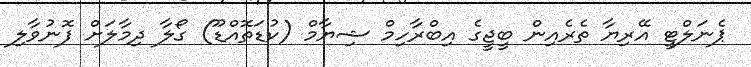
ޕެނަލްޓީ އޭރިޔާ ތެރެއިން ބީޖީގެ އިބްރާހިމް ޝިޔާމް (ކުޑަތޮއްޑޫ) ގޯލާ ދިމާލަށް ފޮނުވާލި